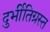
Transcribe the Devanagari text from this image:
दुर्भीतिग्रस्त